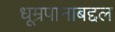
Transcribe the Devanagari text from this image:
धूम्रपानाबद्दल